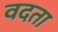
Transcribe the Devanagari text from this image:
वदता